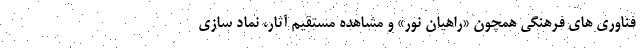
فناوری های فرهنگی همچون «راهیان نور» و مشاهده مستقیم آثار، نماد سازی